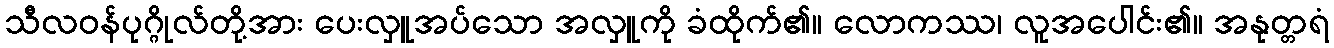
သီလဝန်ပုဂ္ဂိုလ်တို့အား ပေးလှူအပ်သော အလှူကို ခံထိုက်၏။ လောကဿ၊ လူအပေါင်း၏။ အနုတ္တရံ